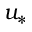
u _ { * }